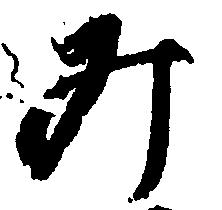
み